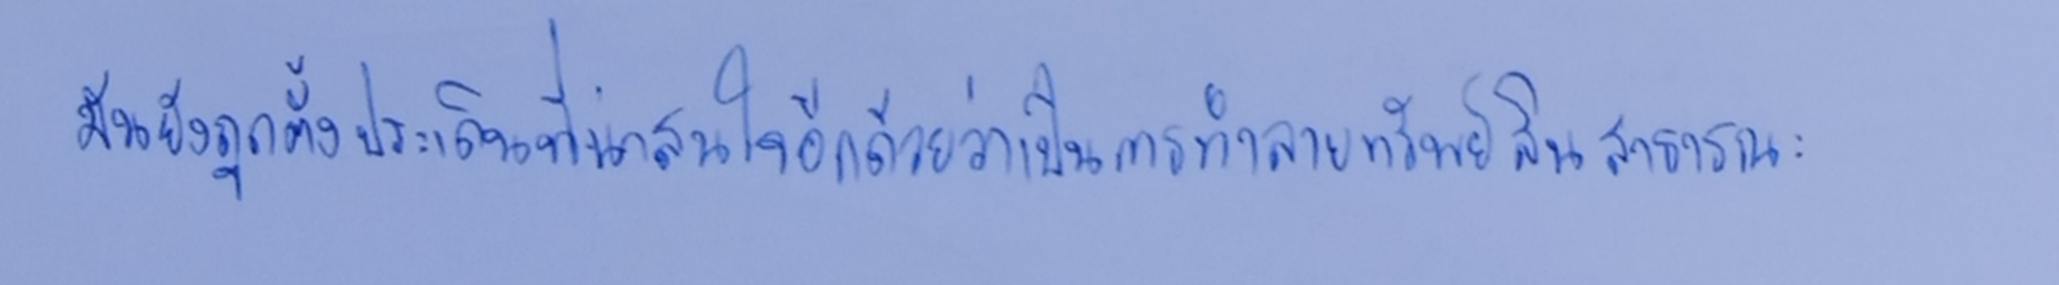
มันยังถูกตั้งประเด็นที่น่าสนใจอีกด้วยว่าเป็นการทำลายทรัพย์สินสาธารณะ